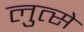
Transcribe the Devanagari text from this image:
लुत्से